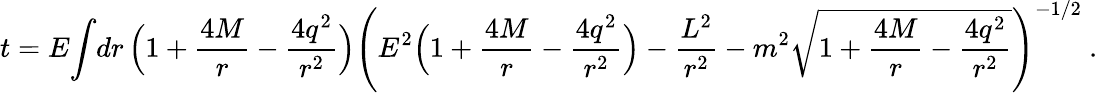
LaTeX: t=E{\int}{dr\, \Bigl(1+{\frac{4M}{r}}-{\frac{4q^{2}}{r^{2}}}\Bigr)\left({E^{2}\Bigl(1+{\frac{4M}{r}}-{\frac{4q^{2}}{r^{2}}}\Bigr)-{\frac{L^{2}}{r^{2}}}-m^{2}\sqrt{1+{\frac{4M}{r}}-{\frac{4q^{2}}{r^{2}}}}}\right)^{-1/2}}\ .